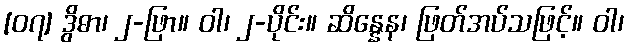
[၀၇] ဒွိဓာ၊ ၂-ဖြာ။ ဝါ၊ ၂-ပိုင်း။ ဆိန္နေန၊ ဖြတ်အပ်သဖြင့်။ ဝါ၊